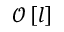
\mathcal O \left[ l \right]